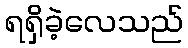
ရရှိခဲ့လေသည်